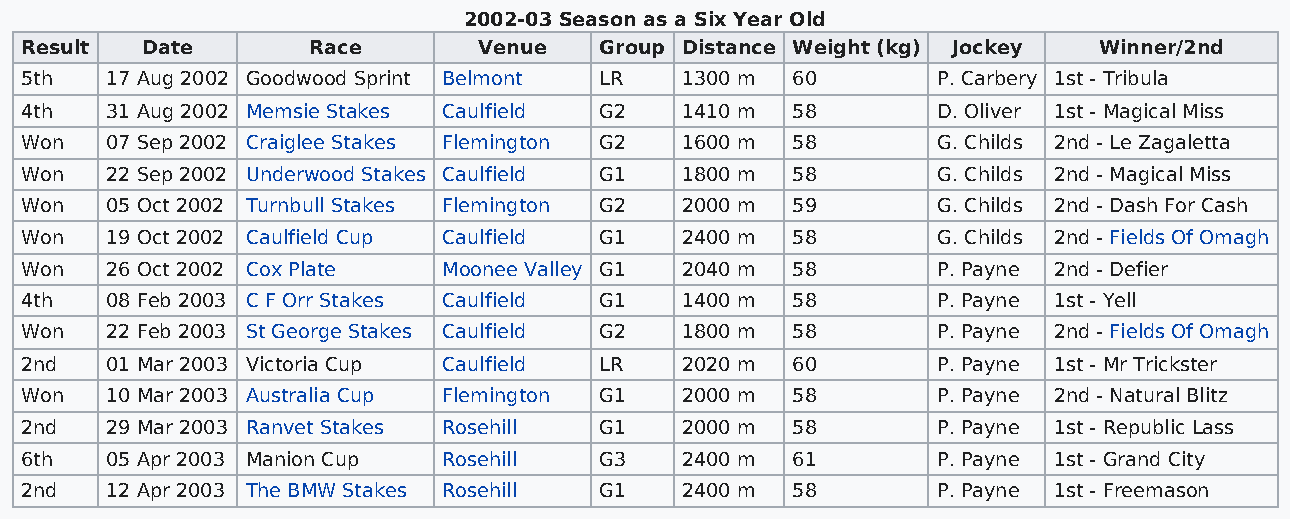
2002-03 Season as a Six Year Old
 Result  Date       Race        Venue   Group Distance Weight (kg) Jockey Winner/2nd
 5th   17 Aug 2002 Goodwood Sprint Belmont LR 1300 m 60       P. Carbery 1st - Tribula
 4th   31 Aug 2002 Memsie Stakes Caulfield G2 1410 m 58       D. Oliver 1st - Magical Miss
 Won   07 Sep 2002 Craiglee Stakes Flemington G2 1600 m 58    G. Childs 2nd - Le Zagaletta
 Won   22 Sep 2002 Underwood Stakes Caulfield G1 1800 m 58    G. Childs 2nd - Magical Miss
 Won   05 Oct 2002 Turnbull Stakes Flemington G2 2000 m 59    G. Childs 2nd - Dash For Cash
 Won   19 Oct 2002 Caulfield Cup Caulfield G1 2400 m 58       G. Childs 2nd - Fields Of Omagh
 Won   26 Oct 2002 Cox Plate Moonee Valley G1 2040 m 58       P. Payne 2nd - Defier
 4th   08 Feb 2003 C F Orr Stakes Caulfield G1 1400 m 58      P. Payne 1st - Yell
 Won   22 Feb 2003 St George Stakes Caulfield G2 1800 m 58    P. Payne 2nd - Fields Of Omagh
 2nd   01 Mar 2003 Victoria Cup Caulfield LR 2020 m 60        P. Payne 1st - Mr Trickster
 Won   10 Mar 2003 Australia Cup Flemington G1 2000 m 58      P. Payne 2nd - Natural Blitz
 2nd   29 Mar 2003 Ranvet Stakes Rosehill G1 2000 m 58        P. Payne 1st - Republic Lass
 6th   05 Apr 2003 Manion Cup Rosehill  G3   2400 m 61        P. Payne 1st - Grand City
 2nd   12 Apr 2003 The BMW Stakes Rosehill G1 2400 m 58       P. Payne 1st - Freemason